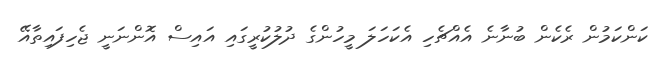
ކަންކަމުން ރެކެން ބުނާނެ އެއްޗެހި އެކަހަލަ މީހުންގެ ދުލުކުރީގައި އައިސް އޮންނަނީ ޖެހިފައިތާއޭ